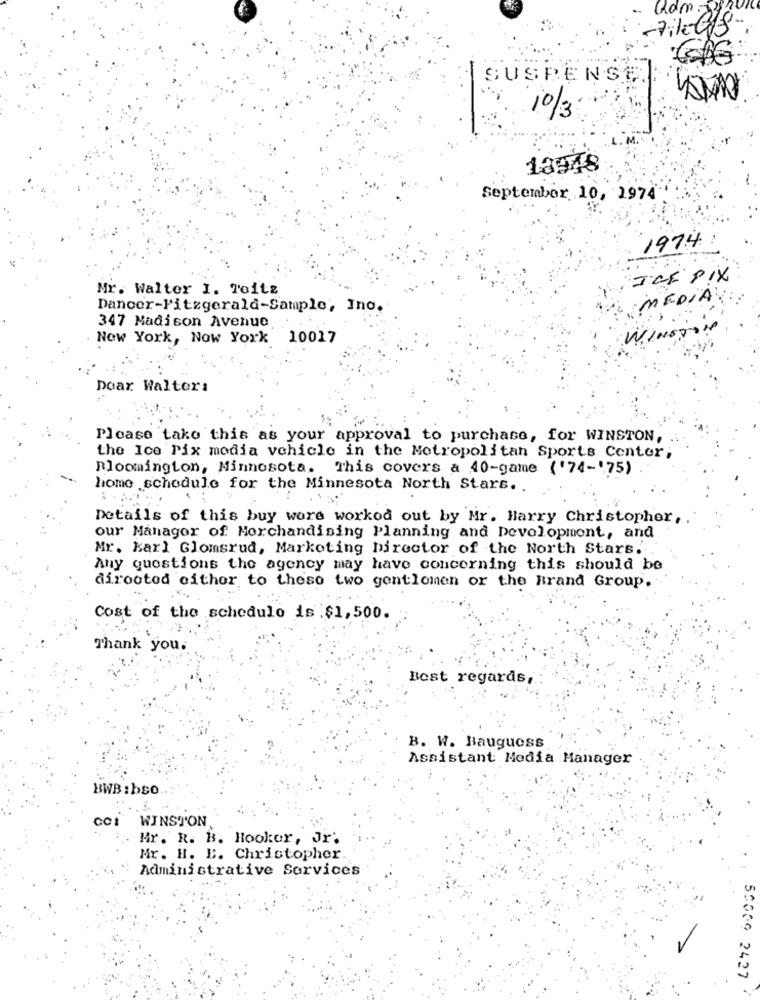
SUSPENSE
10/3
13948
September 10, 2974
1974:
ICF PIX
Mr. Walter I. Toits
MEDIA:
Dancer-Fitzgerald-Sample, Ino.
347 Madison Avenue
WINETO
New York, New York 10017
Doar Walters
Please take this as your approval to purchase, for WINSTON,
the Ice Pix modia vehicle in the Metropolitan Sports Center;
Bloomington, Minnesota. This covers a 40-game ('74-75)
home schedule for the Minnesota North Stars ..
Details of this buy wore worked out by Mr. Harry Christopher,
our Manager of Merchandising Planning and Development, and
Mr. karl Glomsrud, Marketing Director of the North Stars ..
Any questions the agency may have concerning this should be
dirooted either to these two gentlemen or the Brand Group.
Cost of the schedule is $1,500.
Thank you.
Best regards,
B. W. Bauguess
Assistant Media Manager
BWB : bso.
WINSTON
Mr. R. B. Hooker, Jr.
Mr. H. E. Christopher.
Administrative Services
50009 2427